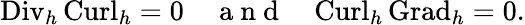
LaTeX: {\mathrm{Div}_{h}}\, {\mathrm{Curl}_{h}}=0\quad\mathrm{~a~n~d~}\quad{\mathrm{Curl}_{h}}\, {\mathrm{Grad}_{h}}=0.